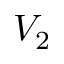
V _ { 2 }